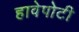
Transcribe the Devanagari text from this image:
हावेपोटी